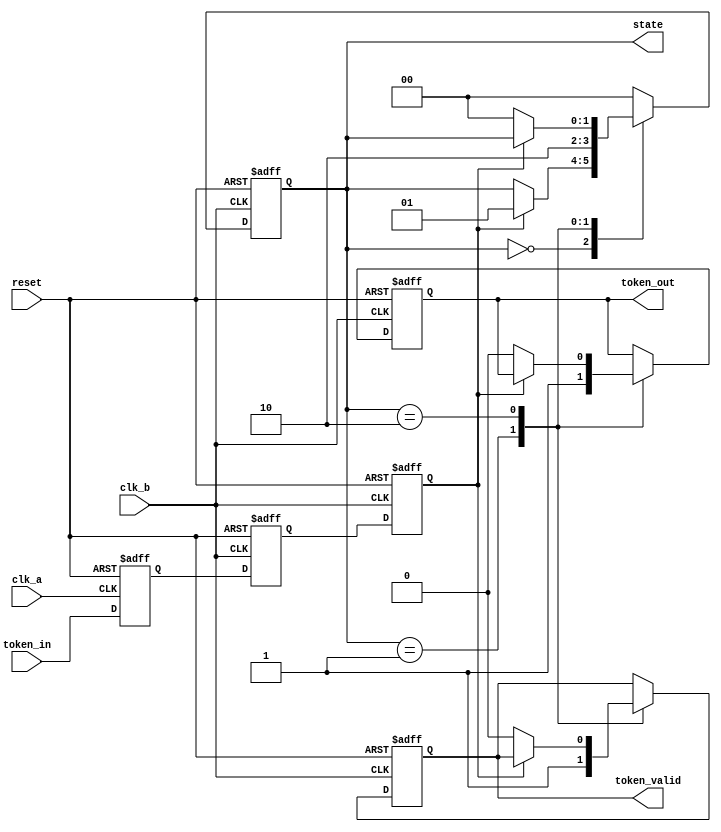
module TokenRingSynchronizer (
    input wire clk_a,           // Clock for domain A
    input wire clk_b,           // Clock for domain B
    input wire reset,           // Global reset
    input wire token_in,        // Incoming token signal from domain A
    output reg token_out,       // Outgoing token signal to domain B
    output reg token_valid,      // Indicates valid token output
    output reg [1:0] state      // State of the FSM
);

// State encoding
localparam IDLE       = 2'b00;
localparam RECEIVING  = 2'b01;
localparam TRANSMITTING = 2'b10;

// Registers for token storage and synchronization
reg token_reg_a;             // Token register in domain A
reg token_reg_b;             // Token register in domain B
reg token_sync_1, token_sync_2; // Synchronization flip-flops

// State machine
always @(posedge clk_b or posedge reset) begin
    if (reset) begin
        state <= IDLE;
        token_out <= 1'b0;
        token_valid <= 1'b0;
    end else begin
        case (state)
            IDLE: begin
                if (token_sync_2) begin
                    state <= RECEIVING;
                end
            end
            
            RECEIVING: begin
                token_out <= 1'b1; // Pass the token
                token_valid <= 1'b1; // Token is valid
                state <= TRANSMITTING;
            end
            
            TRANSMITTING: begin
                if (!token_sync_2) begin
                    token_out <= 1'b0; // Release token
                    token_valid <= 1'b0; // Token is no longer valid
                    state <= IDLE;
                end
            end
            
            default: state <= IDLE;
        endcase
    end
end

// Synchronization logic: Dual flip-flop synchronizer
always @(posedge clk_a or posedge reset) begin
    if (reset) begin
        token_reg_a <= 1'b0;
    end else begin
        token_reg_a <= token_in; // Capture incoming token
    end
end

always @(posedge clk_b or posedge reset) begin
    if (reset) begin
        token_sync_1 <= 1'b0;
        token_sync_2 <= 1'b0;
    end else begin
        token_sync_1 <= token_reg_a; // First stage of synchronization
        token_sync_2 <= token_sync_1; // Second stage of synchronization
    end
end

endmodule